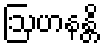
ဩဟနန္တိ